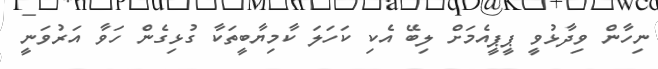
ނިހާން ވިދާޅުވީ ޕީޕީއެމަށް ލިބޭ އެކި ކަހަލަ ކާމިޔާބީތަކާ ގުޅިގެން ހަވާ އަރުވަނީ